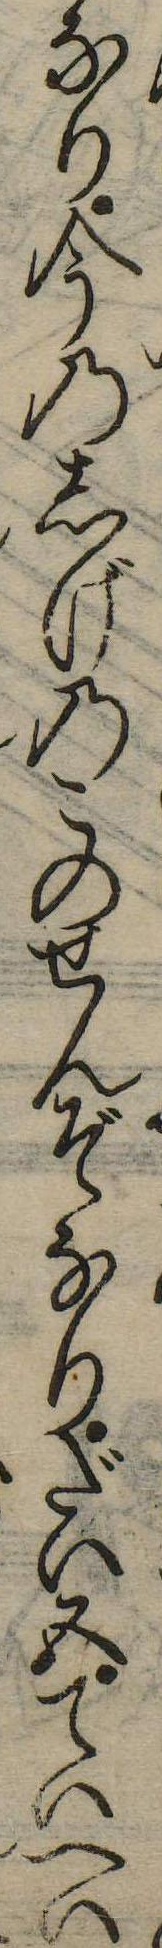
なり今のしげのこのせんぞなりだい五ていへい